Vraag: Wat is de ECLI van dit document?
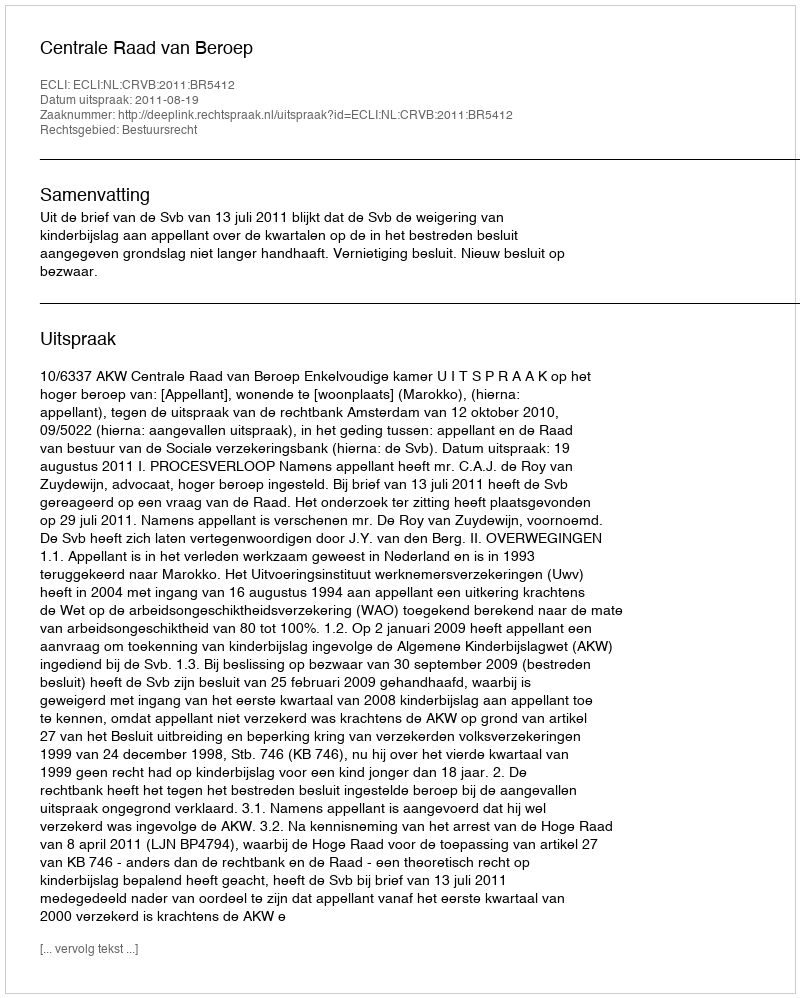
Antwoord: ECLI:NL:CRVB:2011:BR5412